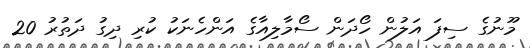
މޫނުގެ ސިފަ އަލުން ހޯދަން ސޯމާލިއާގެ އަންހެނަކު ކުރި ދިގު ދަތުރު 20